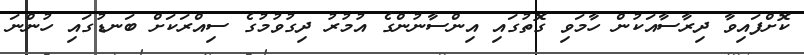
ކޮށްފައިވާ ދިރާސާއަކުން ހާމަވި ގޮތުގައި އިންސާނުންގެ އުމުރު ދިގުވުމުގެ ސިއްރަކަށް ބަނޑުގައި ހުންނަ